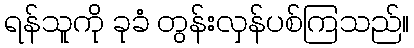
ရန်သူကို ခုခံ တွန်းလှန်ပစ်ကြသည်။